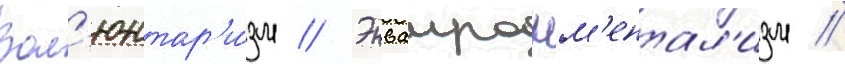
Вол'юнтар'и́зм // Энваиронм'ентал'изм //